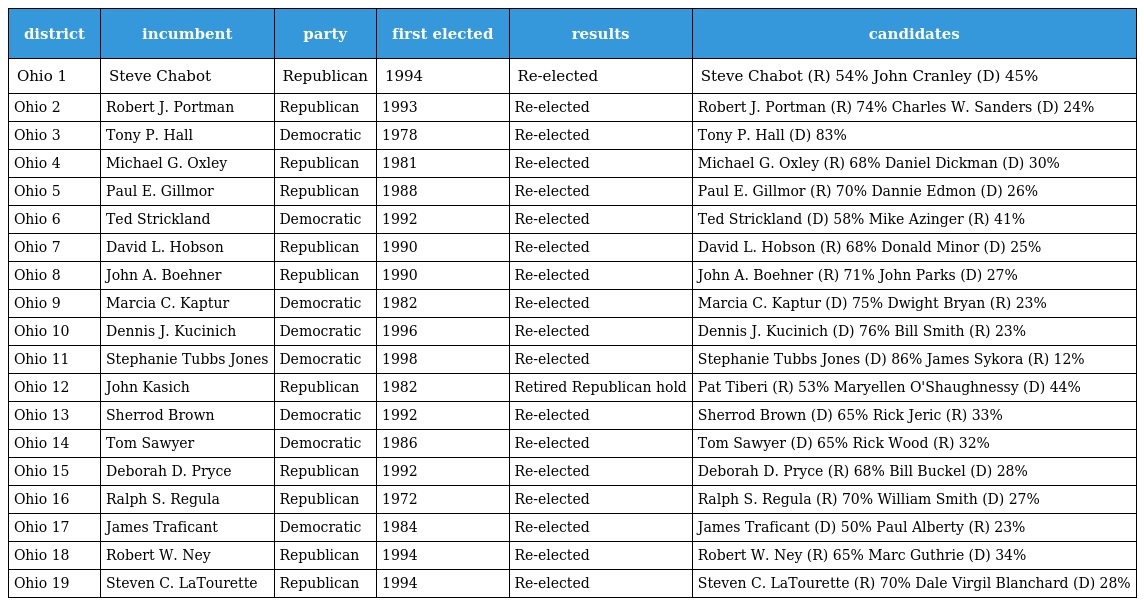
| district | incumbent | party | first elected | results | candidates |
 | --- | --- | --- | --- | --- | --- |
 | Ohio 1 | Steve Chabot | Republican | 1994 | Re-elected | Steve Chabot (R) 54% John Cranley (D) 45% |
 | Ohio 2 | Robert J. Portman | Republican | 1993 | Re-elected | Robert J. Portman (R) 74% Charles W. Sanders (D) 24% |
 | Ohio 3 | Tony P. Hall | Democratic | 1978 | Re-elected | Tony P. Hall (D) 83% |
 | Ohio 4 | Michael G. Oxley | Republican | 1981 | Re-elected | Michael G. Oxley (R) 68% Daniel Dickman (D) 30% |
 | Ohio 5 | Paul E. Gillmor | Republican | 1988 | Re-elected | Paul E. Gillmor (R) 70% Dannie Edmon (D) 26% |
 | Ohio 6 | Ted Strickland | Democratic | 1992 | Re-elected | Ted Strickland (D) 58% Mike Azinger (R) 41% |
 | Ohio 7 | David L. Hobson | Republican | 1990 | Re-elected | David L. Hobson (R) 68% Donald Minor (D) 25% |
 | Ohio 8 | John A. Boehner | Republican | 1990 | Re-elected | John A. Boehner (R) 71% John Parks (D) 27% |
 | Ohio 9 | Marcia C. Kaptur | Democratic | 1982 | Re-elected | Marcia C. Kaptur (D) 75% Dwight Bryan (R) 23% |
 | Ohio 10 | Dennis J. Kucinich | Democratic | 1996 | Re-elected | Dennis J. Kucinich (D) 76% Bill Smith (R) 23% |
 | Ohio 11 | Stephanie Tubbs Jones | Democratic | 1998 | Re-elected | Stephanie Tubbs Jones (D) 86% James Sykora (R) 12% |
 | Ohio 12 | John Kasich | Republican | 1982 | Retired Republican hold | Pat Tiberi (R) 53% Maryellen O'Shaughnessy (D) 44% |
 | Ohio 13 | Sherrod Brown | Democratic | 1992 | Re-elected | Sherrod Brown (D) 65% Rick Jeric (R) 33% |
 | Ohio 14 | Tom Sawyer | Democratic | 1986 | Re-elected | Tom Sawyer (D) 65% Rick Wood (R) 32% |
 | Ohio 15 | Deborah D. Pryce | Republican | 1992 | Re-elected | Deborah D. Pryce (R) 68% Bill Buckel (D) 28% |
 | Ohio 16 | Ralph S. Regula | Republican | 1972 | Re-elected | Ralph S. Regula (R) 70% William Smith (D) 27% |
 | Ohio 17 | James Traficant | Democratic | 1984 | Re-elected | James Traficant (D) 50% Paul Alberty (R) 23% |
 | Ohio 18 | Robert W. Ney | Republican | 1994 | Re-elected | Robert W. Ney (R) 65% Marc Guthrie (D) 34% |
 | Ohio 19 | Steven C. LaTourette | Republican | 1994 | Re-elected | Steven C. LaTourette (R) 70% Dale Virgil Blanchard (D) 28% |